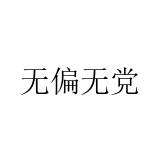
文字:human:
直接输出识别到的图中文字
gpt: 无偏无党